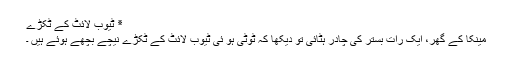
٭ ٹیوب لائٹ کے ٹکڑے
مینکا کے گھر، ایک رات بستر کی چادر ہٹائی تو دیکھا کہ ٹوٹی ہو ئی ٹیوب لائٹ کے ٹکڑے نیچے بچھے ہوئے ہیں ۔